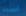
أحضروها